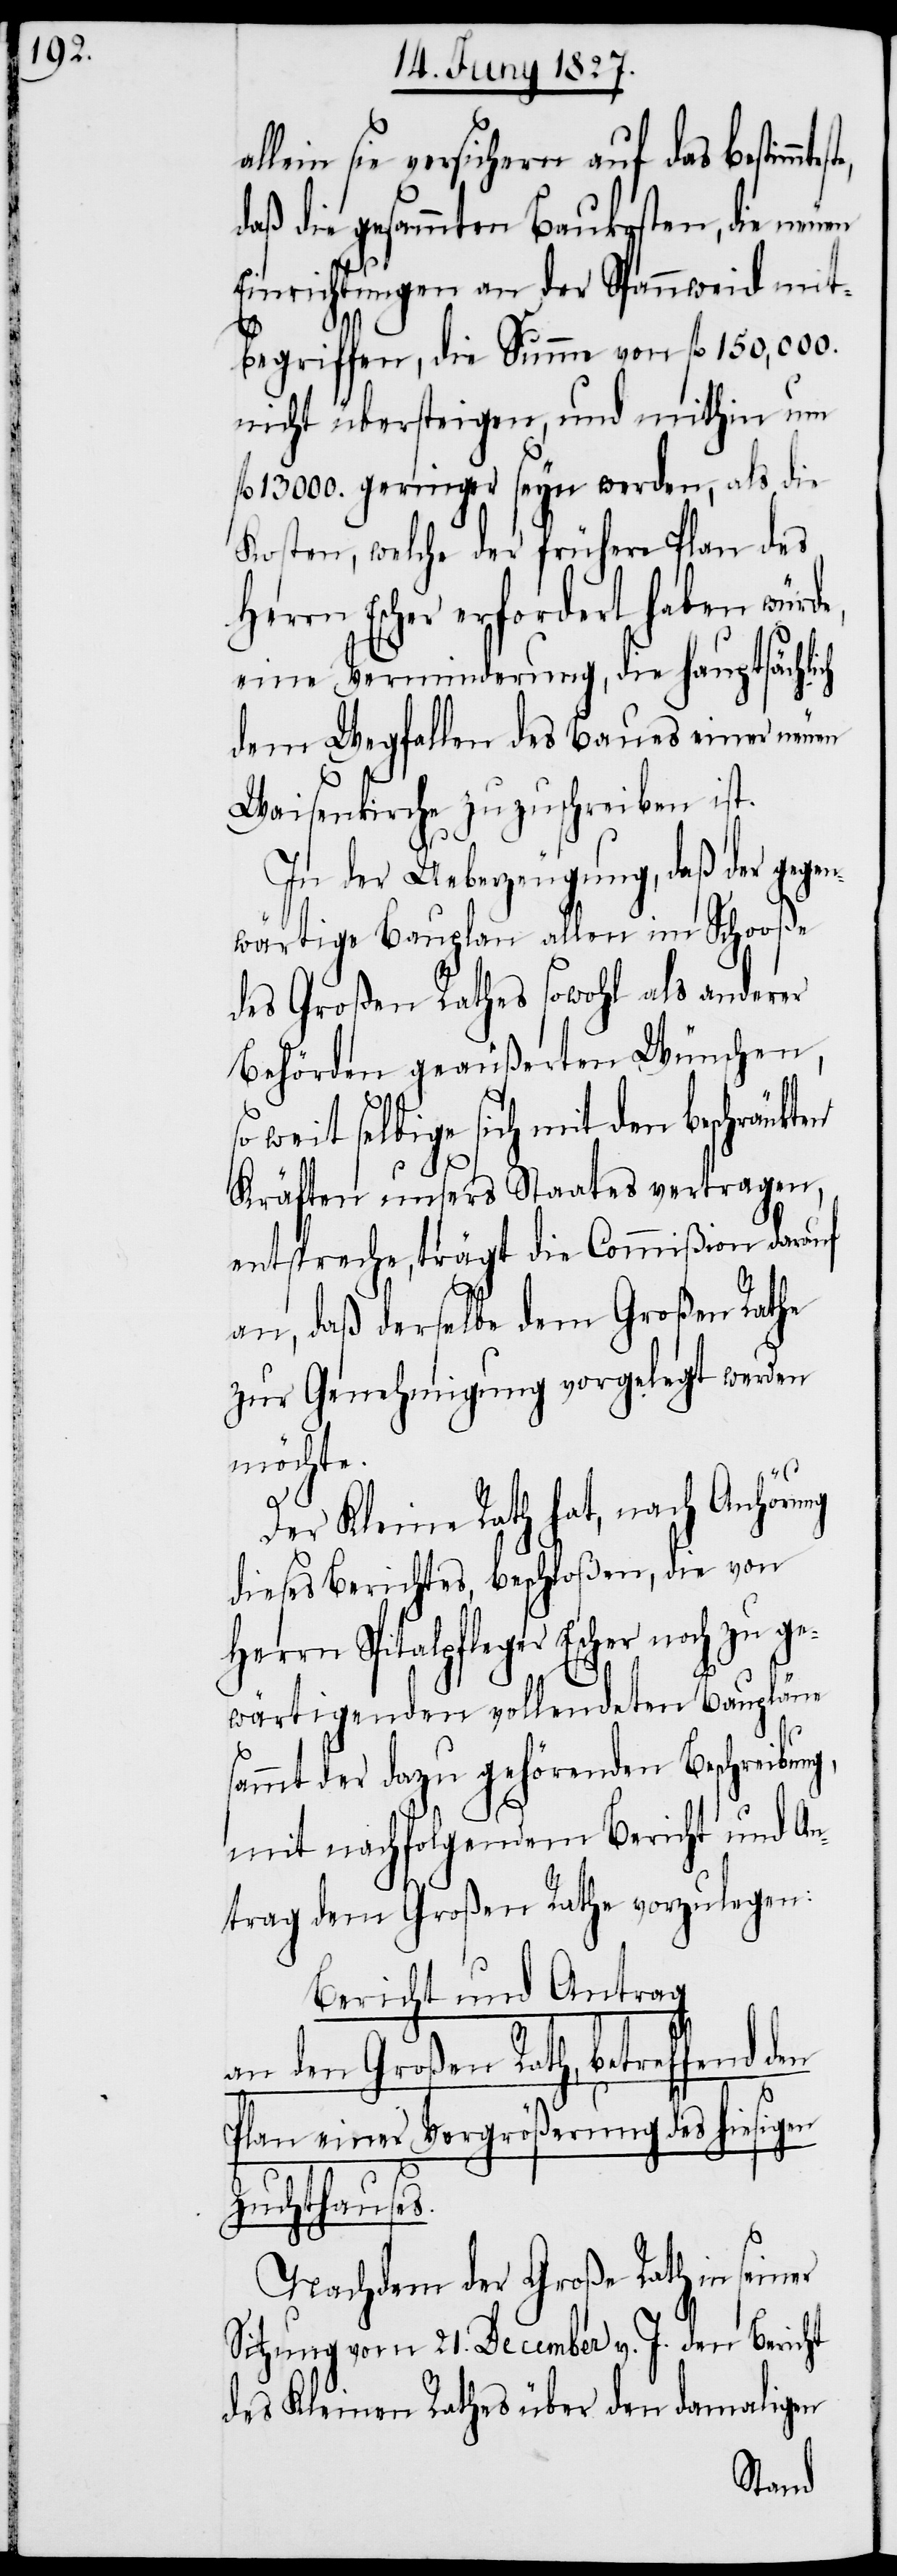
llein sie versichern auf das bestimmt¬
daß die gesammten Baukosten, die neuen
Einrichtungen an der Spannweid mit¬
begriffen, die Summe von fl. 150'000.
nicht übersteigen, und mithin um
fl. 13000. geringer seyn werden, als die
Kosten, welche der frühere Plan des
Herrn Escher erfordert haben würde,
eine Verminderung, die hauptsächli¬
dem Wegfallen des Baues einer neuen
Waisenkirche zuzuschreiben ist.
In der Ueberzeugung, daß der gegen¬
wärtige Bauplan allen im Schooße
des Großen Rathes sowohl als anderer
Behörden geäußerten Wünschen,
so weit selbige sich mit den beschränkten
ge¬
Kräften unsers Staates vertragen,
entspreche, trägt die Commißion darauf
an, daß derselbe dem großen Rathe
zur Genehmigung vorgelegt werden
möchte.
Der Kleine Rath hat, nach Anhörung
dieses Berichtes, beschloßen, die von
Herrn Spitalpfleger Escher noch zu
wärtigenden vollendeten Baupläne
sammt der dazu gehörenden Beschreibung,
mit nachfolgendem Bericht und An¬
trag dem Großen Rathe vorzulegen:
Bericht und Antrag
an den Großen Rath, betreffend den
Plan einer Vergrößerung des hiesigen
Zuchthauses.
Nachdem der Große Rath in seiner
Sitzung vom 21. December v. J. den Bericht
des Kleinen Rathes über den damaligen